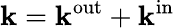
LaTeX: \mathbf{k}=\mathbf{k}^{\mathrm{{out}}}+\mathbf{k}^{\mathrm{{in}}}